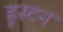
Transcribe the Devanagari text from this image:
हूस्टन